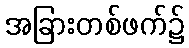
အခြားတစ်ဖက်၌